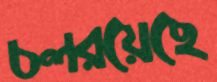
চলরয়েছে